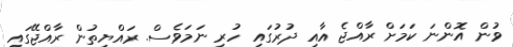
ވުން އޮންނަ ކަމަށް ރާއްޖެ އާއި ދުރުގައި ހުރި ނަމަވެސް. ރައްޔިތުން ރާއްޖޭގައި